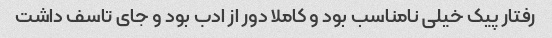
رفتار پیک خیلی نامناسب بود و کاملا دور از ادب بود و جای تاسف داشت